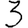
Digit: 3